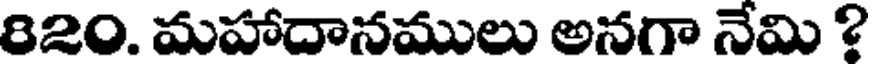
820. మహాదానములు అనగా నేమి ?